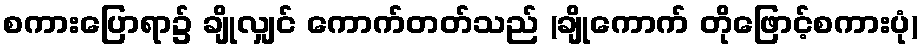
စကားပြောရာ၌ ချိုလျှင် ကောက်တတ်သည် (ချိုကောက် တိုဖြောင့်စကားပုံ)